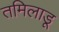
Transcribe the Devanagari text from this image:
तमिलाडू